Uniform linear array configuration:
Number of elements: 48
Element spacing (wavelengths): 0.75
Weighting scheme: kaiser
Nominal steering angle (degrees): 30
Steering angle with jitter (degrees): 31.53
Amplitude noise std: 0.05
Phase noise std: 0.05

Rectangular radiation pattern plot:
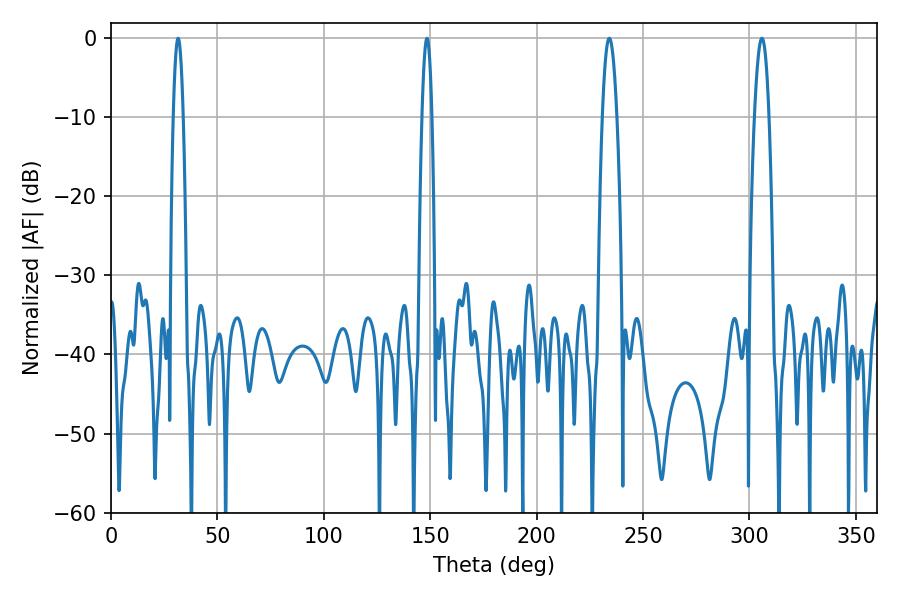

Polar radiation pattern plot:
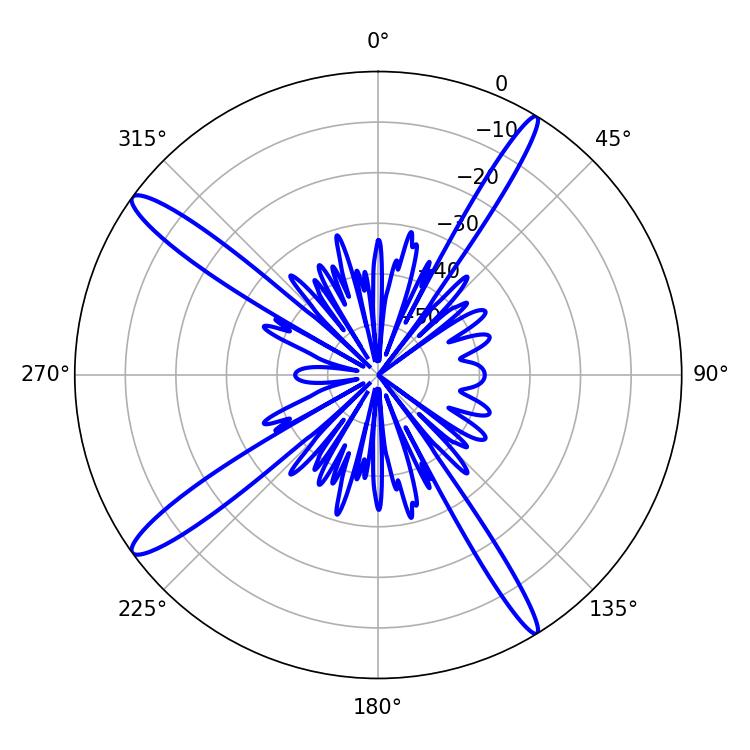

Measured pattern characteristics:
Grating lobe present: TRUE
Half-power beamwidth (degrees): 2.52
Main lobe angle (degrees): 31.5